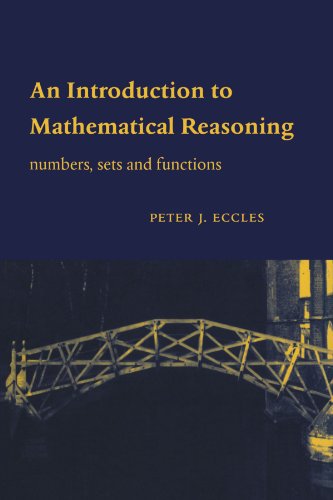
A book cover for An Introduction to Mathematical Reasoning; Peter J. Eccles; Science & Math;